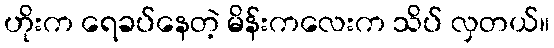
ဟိုးက ရေခပ်နေတဲ့ မိန်းကလေးက သိပ် လှတယ်။